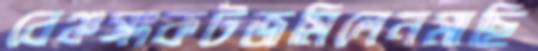
বেঞ্চসংকটজমিলেনমাছি